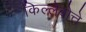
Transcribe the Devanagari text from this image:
किल्लेबोत्ते